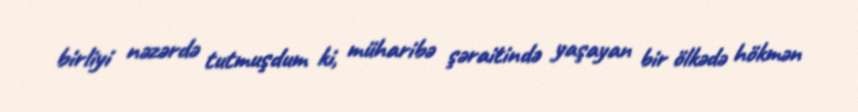
birliyi nəzərdə tutmuşdum ki, müharibə şəraitində yaşayan bir ölkədə hökmən